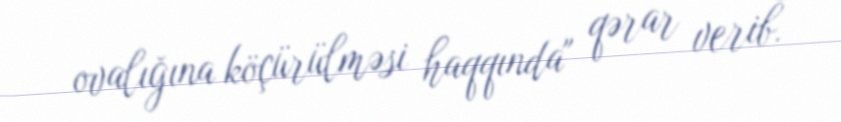
ovalığına köçürülməsi haqqında" qərar verib.